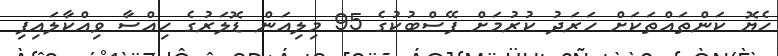
ހެޔޮ ކަންތައްތަކަށް ހަރަދު ކުރުމަށް ފޭސްބުކުގެ 95 މިލިއަން ޑޮލަރުގެ ހިއްސާ ވިއްކާލައިފި